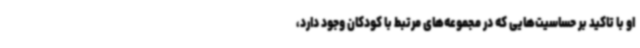
او با تاکید بر حساسیت‌هایی که در مجموعه‌های مرتبط با کودکان وجود دارد،